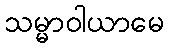
သမ္မာဝါယာမေ